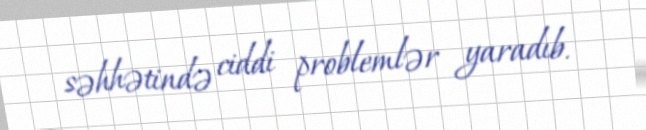
səhhətində ciddi problemlər yaradıb.